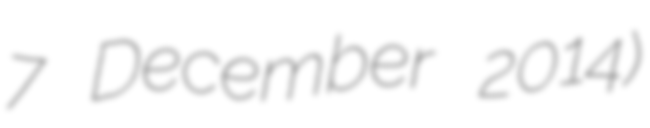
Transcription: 7 December 2014)